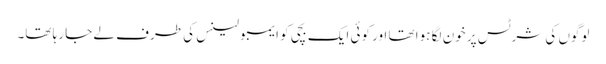
لوگوں کی شرٹس پر خون لگا ہوا تھا اور کوئی ایک بچی کو ایمبولینس کی طرف لے جا رہا تھا۔